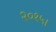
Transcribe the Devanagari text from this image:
२०१५।